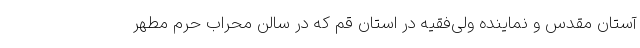
آستان مقدس و نماینده ولی‌فقیه در استان قم که در سالن محراب حرم مطهر